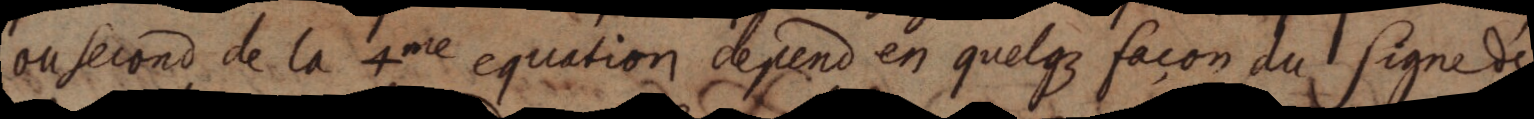
ou second de la 4me equation depend en quelque façon du signe de